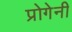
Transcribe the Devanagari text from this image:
प्रोगेनी